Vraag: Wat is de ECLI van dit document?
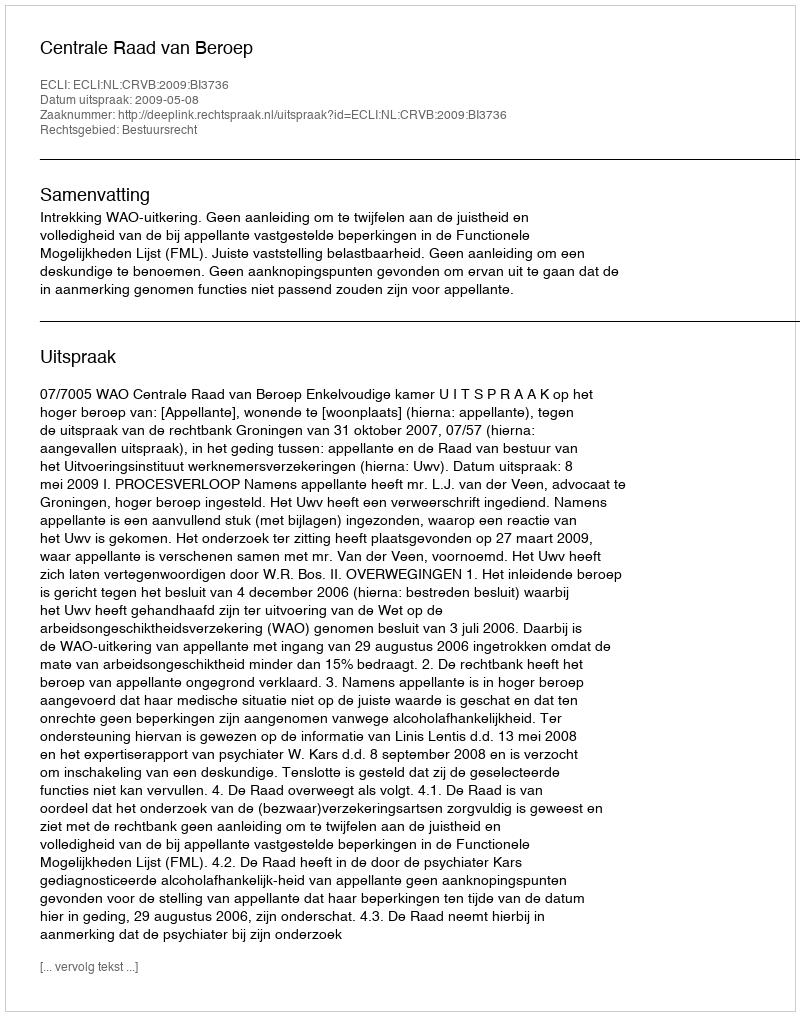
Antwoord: ECLI:NL:CRVB:2009:BI3736